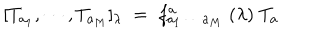
LaTeX: [ T _ { a _ { 1 } } , \cdots , T _ { a _ { M } } ] _ { \lambda } \; = \; f _ { a _ { 1 } \, \cdots \, a _ { M } } ^ { a } \; ( \lambda ) \; T _ { a }